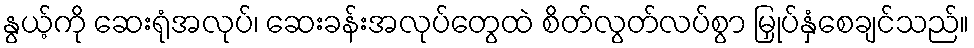
နွယ့်ကို ဆေးရုံအလုပ်၊ ဆေးခန်းအလုပ်တွေထဲ စိတ်လွတ်လပ်စွာ မြှုပ်နှံစေချင်သည်။